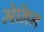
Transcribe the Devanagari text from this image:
मेनिन